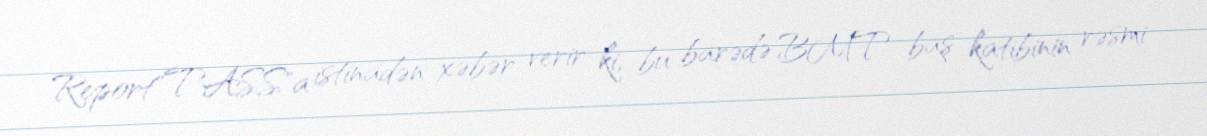
Report"TASS"a istinadən xəbər verir ki, bu barədə BMT baş katibinin rəsmi